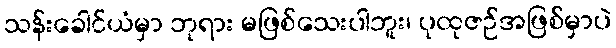
သန်းခေါင်ယံမှာ ဘုရား မဖြစ်သေးပါဘူး၊ ပုထုဇဉ်အဖြစ်မှာပဲ